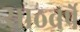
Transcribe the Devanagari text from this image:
साठवर्षे